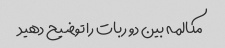
مکالمه بین دو ربات را توضیح دهید